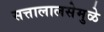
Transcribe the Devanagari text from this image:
सत्तालालसेमुळे